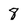
Character: 8